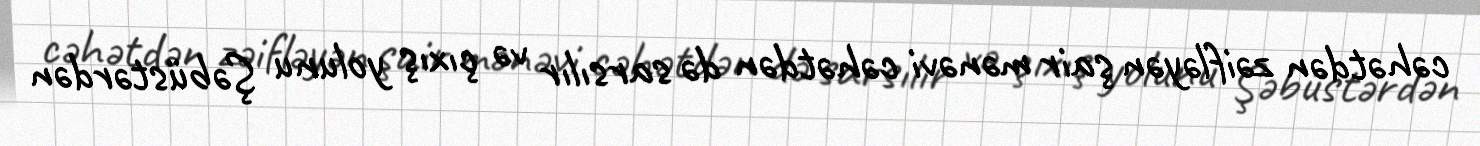
cəhətdən zəifləyən şair mənəvi cəhətdən də sarsılır və çıxış yolunu Şəbüstərdən